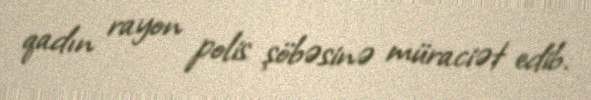
qadın rayon polis şöbəsinə müraciət edib.